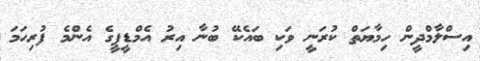
އިސްލާމްދީން ހިމާޔަތް ކުރަނީ ވަކި ބައެކޭ ބުނާ އިރު އެމްޑީޕީގެ އެންމެ ފުރިހަމަ